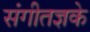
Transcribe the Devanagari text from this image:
संगीतज्ञके